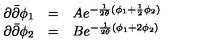
\begin{array} { l c l } { \partial { \bar { \partial } } \phi _ { 1 } } & { = } & { A e ^ { - \frac { 1 } { 2 \theta } ( \phi _ { 1 } + \frac { 1 } { 2 } \phi _ { 2 } ) } } \\ { \partial { \bar { \partial } } \phi _ { 2 } } & { = } & { B e ^ { - \frac { 1 } { 2 \theta } ( \phi _ { 1 } + 2 \phi _ { 2 } ) } } \\ \end{array}